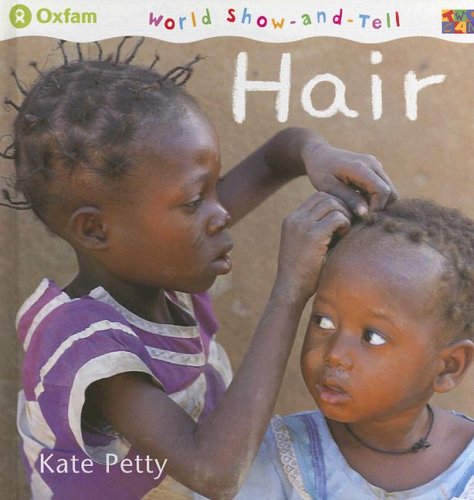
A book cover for Hair (World Show-and-Tell); Kate Petty; Health, Fitness & Dieting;